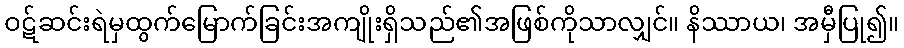
ဝဋ်ဆင်းရဲမှထွက်မြောက်ခြင်းအကျိုးရှိသည်၏အဖြစ်ကိုသာလျှင်။ နိဿာယ၊ အမှီပြု၍။